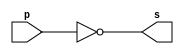
// --------------------- 
// Exercicio0006
// Nome: Marcio Enio G Dutra Junior 
// --------------------- 
 
// ------------------------- 
//  test number system 
// ------------------------- 
module notgate (output [7:0] s, input [7:0] p); 
	assign s = ~p; 
endmodule //notgate  

module test_base_01; 
// ------------------------- definir dados 
      reg [7:0] a;
		wire[7:0] s;
		
		notgate NOT1(s,a);
// ------------------------- parte principal 
 initial begin 
       $display("Exercicio0006 - Marcio Enio G Dutra Junior - 441698"); 
       $display("Test number system"); 
 			
			a='b00000000;
	#1
		 $monitor("a = %8b = %8b",a, s);
  	#1		a=8'b0000_0001;
	#1		a=8'b0000_0010;
	#1		a=8'b0000_0011;
	#1		a=8'b0000_0100;
	#1		a=8'b0000_0101;
	#1		a=8'b0000_0110;
	#1		a=8'b0000_0111;
	#1		a=8'b0000_1000;
	#1		a=8'b0000_1001;
	#1		a=8'b0000_1010;
	#1		a=8'b0000_1011;
	#1		a=8'b0000_1100;
	#1		a=8'b0000_1101;
	#1		a=8'b0000_1110;
	#1		a=8'b1111_1111;
 end 
 
endmodule // test_base